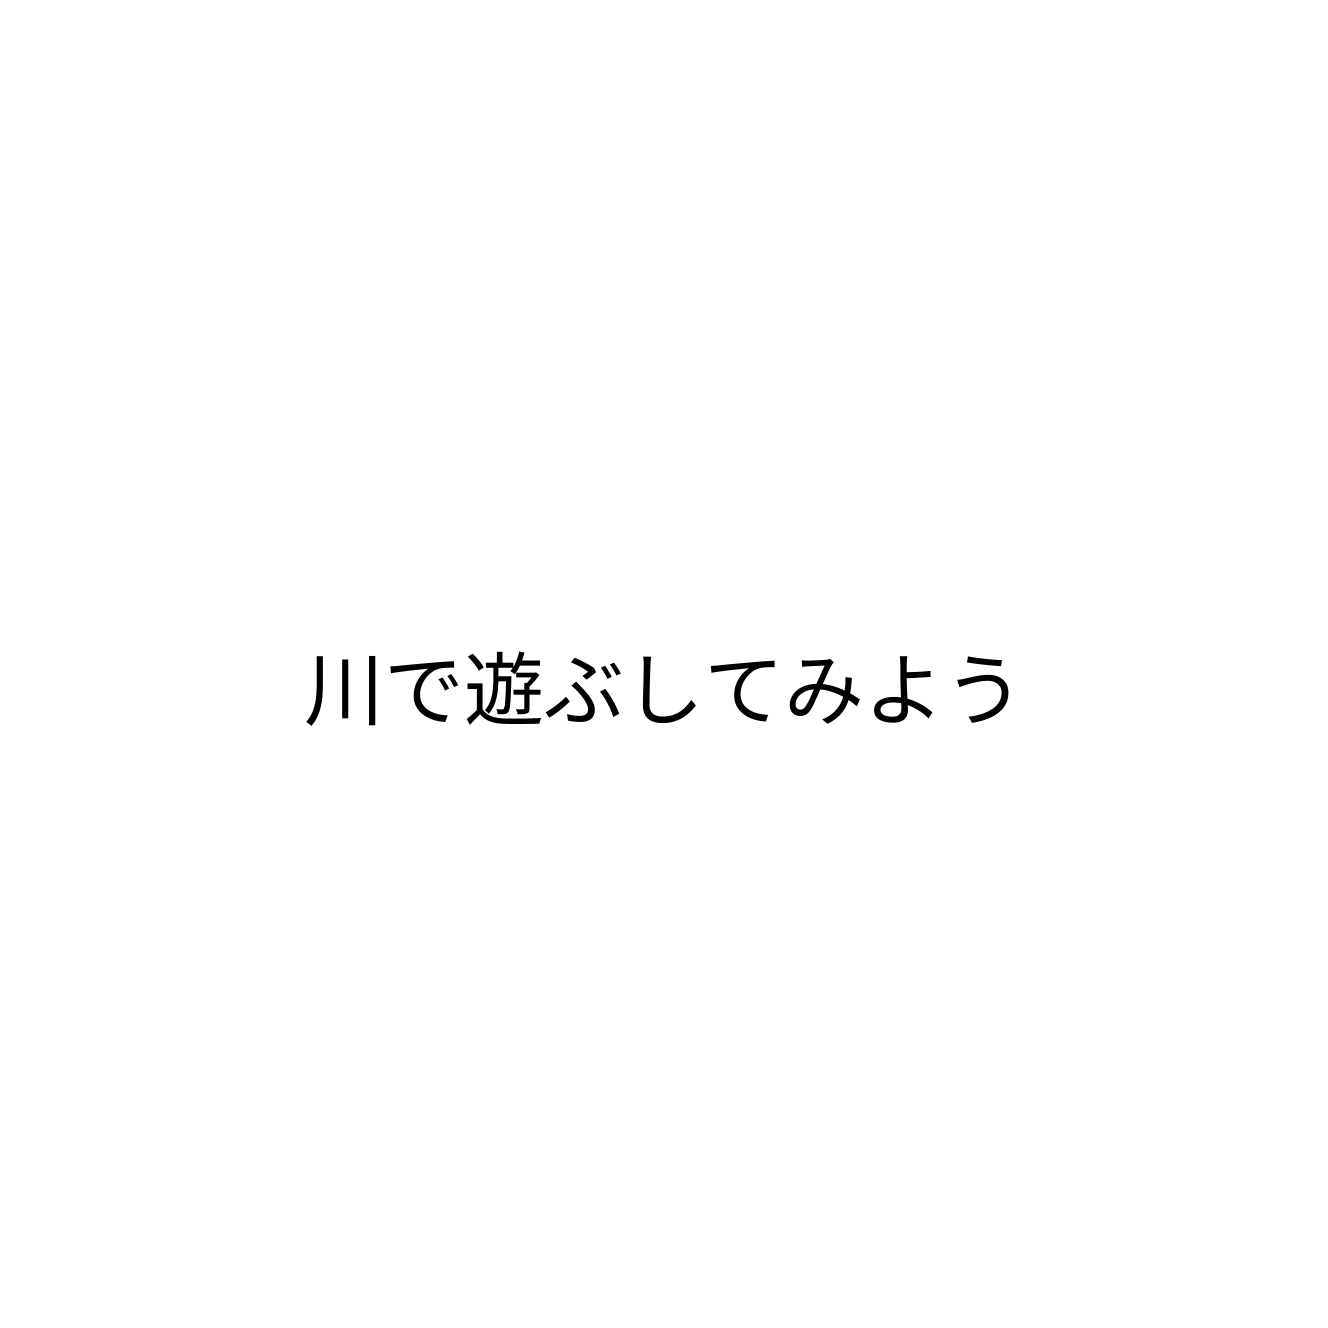
川で遊ぶしてみよう